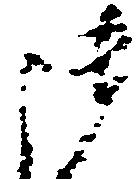
御